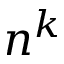
n ^ { k }